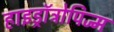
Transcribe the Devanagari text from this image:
हाइड्रॉट्रोपिज्म